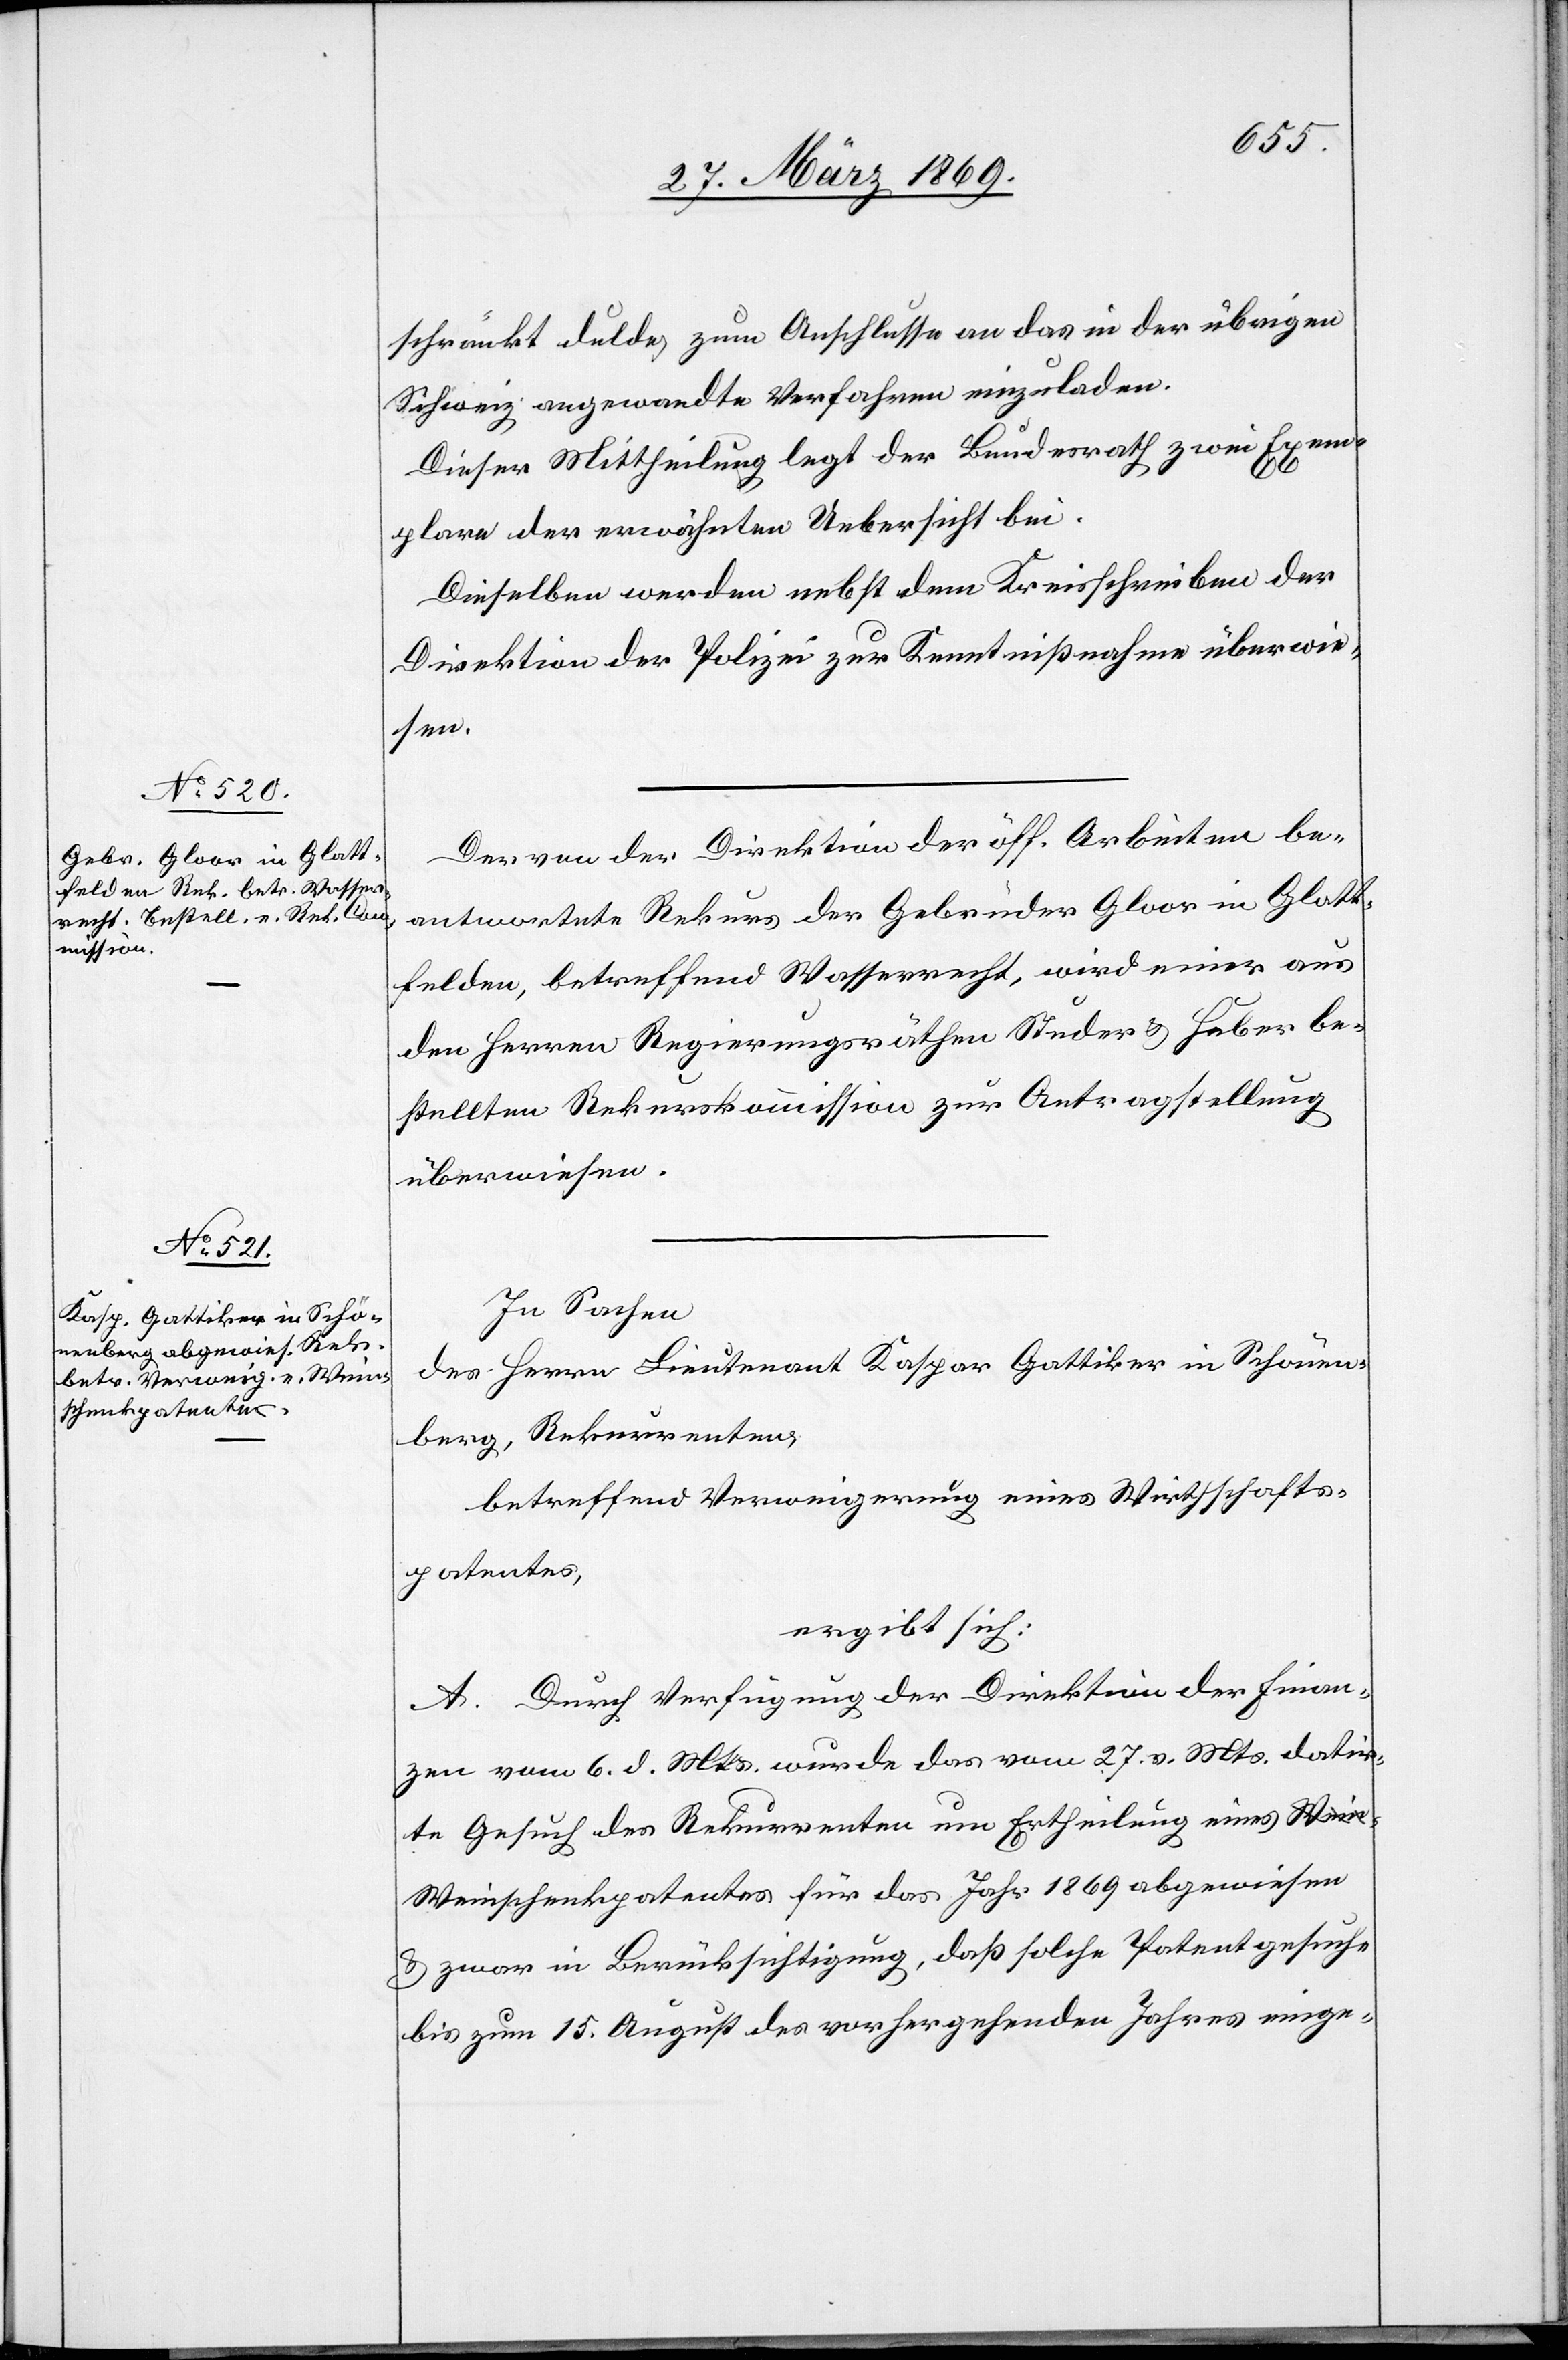
schränkt dulde, zum Anschlusse an das in der übrigen
Schweiz angewandte Verfahren einzuladen.
Dieser Mittheilung legt der Bundesrath zwei Exem¬
plare der erwähnten Uebersicht bei.
Dieselben werden nebst dem Kreisschreiben der
Direktion der Polizei zur Kenntnißnahme überwie¬
sen.
Der von der Direktion der öff. Arbeiten be¬
antwortete Rekurs der Gebrüder Gloor in Glatt¬
felden, betreffend Wasserrecht, wird einer aus
den Herren Regierungsräthen Studer u. Huber be¬
stellten Rekurskommission zur Antragstellung
überwiesen.
In Sachen
des Herrn Lieutnant Kaspar Gattiker in Schönen¬
berg, Rekurrenten,
betreffend Verweigerung eines Wirthschafts¬
patentes,
ergibt sich:
A. Durch Verfügung der Direktion der Finan¬
zen vom 6. d. Mts. wurde das vom 27. v. Mts. datir¬
te Gesuch des Rekurrenten um Ertheilung eines W¬
einschenkpatentes für das Jahr 1869 abgewiesen
u. zwar in Berücksichtigung, daß solche Patentgesuche
bis zum 15. August des vorhergehenden Jahres einge-